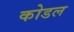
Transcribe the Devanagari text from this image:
कोडल